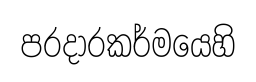
පරදාරකර්මයෙහි